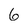
Character: 6